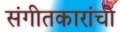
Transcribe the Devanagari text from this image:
संगीतकारांची